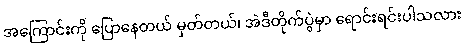
အကြောင်းကို ပြောနေတယ် မှတ်တယ်၊ အဲဒီတိုက်ပွဲမှာ ရောင်းရင်းပါသလား